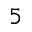
5